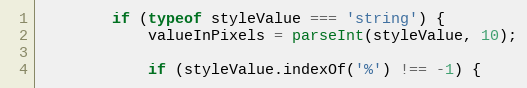
Language: JavaScript
		if (typeof styleValue === 'string') {
			valueInPixels = parseInt(styleValue, 10);

			if (styleValue.indexOf('%') !== -1) {